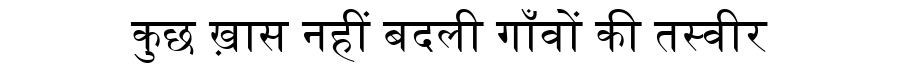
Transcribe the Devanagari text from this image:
कुछ ख़ास नहीं बदली गाँवों की तस्वीर